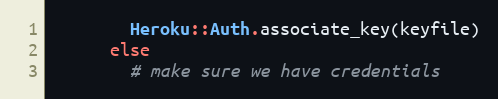
Language: Ruby
        Heroku::Auth.associate_key(keyfile)
      else
        # make sure we have credentials